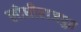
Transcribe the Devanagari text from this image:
लोधीराजपुत